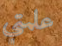
علمتي